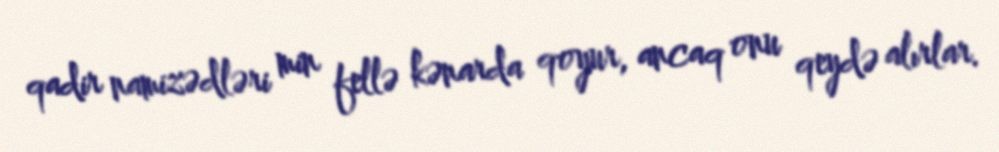
qadir namizədləri min fellə kənarda qoyur, ancaq onu qeydə alırlar.